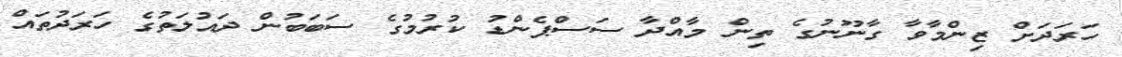
ހަރަދަށް ޒިންމާވާ ގާނޫނުގެ ތިން މާއްދާ ސަސްޕެންޑު ކުރުމުގެ ސަބަބުން ދައުލަތުގެ ހަރަދުތައް